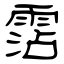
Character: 霑